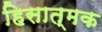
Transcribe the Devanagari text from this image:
हिसात्मक